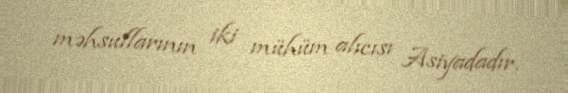
məhsullarının iki mühüm alıcısı Asiyadadır.